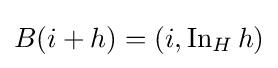
B(i+h)=\left(i,\operatorname {In} _{H}h\right)